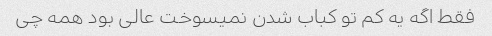
فقط اگه یه کم تو کباب شدن نمیسوخت عالی بود همه چی